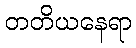
တတိယနေရာ